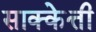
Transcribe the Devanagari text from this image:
साक्केत्ती